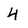
Character: 4